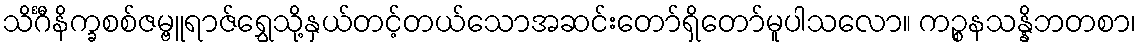
သိင်္ဂီနိက္ခစစ်ဇမ္ဗူရာဇ်ရွှေသို့နှယ်တင့်တယ်သောအဆင်းတော်ရှိတော်မူပါသလော။ ကဉ္စနသန္နိဘတစာ၊